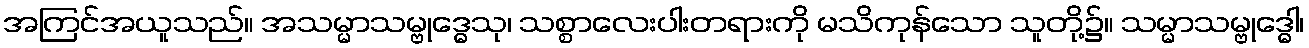
အကြင်အယူသည်။ အသမ္မာသမ္ဗုဒ္ဓေသု၊ သစ္စာလေးပါးတရားကို မသိကုန်သော သူတို့၌။ သမ္မာသမ္ဗုဒ္ဓေါ၊